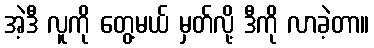
အဲ့ဒီ လူကို တွေ့မယ် မှတ်လို့ ဒီကို လာခဲ့တာ။